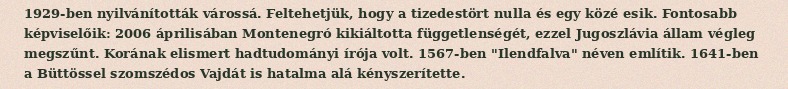
1929-ben nyilvánították várossá. Feltehetjük, hogy a tizedestört nulla és egy közé esik. Fontosabb képviselőik: 2006 áprilisában Montenegró kikiáltotta függetlenségét, ezzel Jugoszlávia állam végleg megszűnt. Korának elismert hadtudományi írója volt. 1567-ben "Ilendfalva" néven említik. 1641-ben a Büttössel szomszédos Vajdát is hatalma alá kényszerítette.